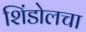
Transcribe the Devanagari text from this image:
शिंडोलचा